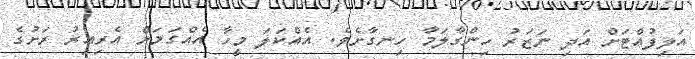
އަލިފުއްޓަށް އަދި ނަޒަރު ހިންގާލަމާ ހިނގާށެވެ. އެއްކަލަ މީހާ އެއްގަމަށް އެރިއިރު ރަށުގެ